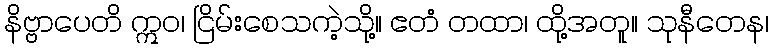
နိဗ္ဗာပေတိ ဣဝ၊ ငြိမ်းစေသကဲ့သို့။ ဧတံ တထာ၊ ထို့အတူ။ သုနီတေန၊